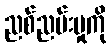
ညစ်ညမ်းမှုကို